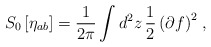
\begin{align*}S_0\left[\eta_{ab}\right]={1\over2\pi}\int d^2z\,{1\over2}\,{\left(\partial f\right)}^2\;,\end{align*}